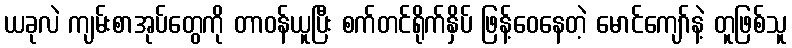
ယခုလဲ ကျမ်းစာအုပ်တွေကို တာဝန်ယူပြီး စက်တင်ရိုက်နှိပ် ဖြန့်ဝေနေတဲ့ မောင်ကျော်နဲ့ တူဖြစ်သူ